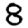
Digit: 8